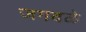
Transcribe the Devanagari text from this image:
जगदळे